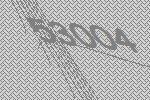
53004